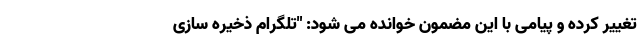
تغییر کرده و پیامی با این مضمون خوانده می شود: "تلگرام ذخیره سازی